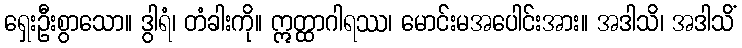
ရှေးဦးစွာသော။ ဒွါရံ၊ တံခါးကို။ ဣတ္ထာဂါရဿ၊ မောင်းမအပေါင်းအား။ အဒါသိ၊ အဒါသိံ